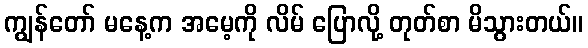
ကျွန်တော် မနေ့က အမေ့ကို လိမ် ပြောလို့ တုတ်စာ မိသွားတယ်။